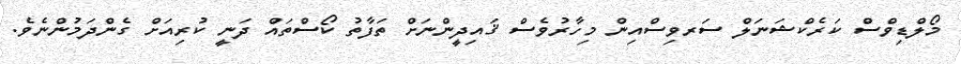
މޯލްޑިވްސް ކަރެކްޝަނަލް ސަރވިސްއިން މިހާރުވެސް ޤައިދީންނަށް ތަފާތު ކޯސްތައް ދަނީ ކުރިއަށް ގެންދަމުންނެވެ.